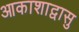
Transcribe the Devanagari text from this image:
आकाशाद्वासु